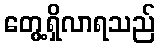
တွေ့ရှိလာရသည်